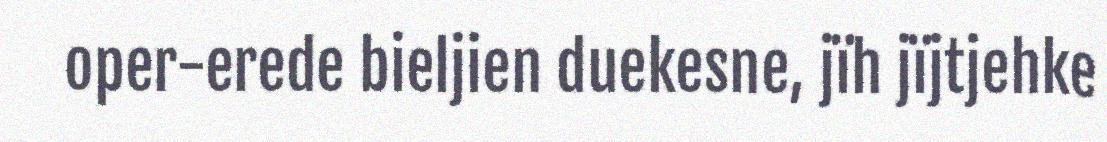
oper-erede bieljien duekesne, jïh jïjtjehke